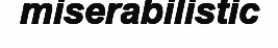
miserabilistic